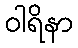
ဝါရိနာ